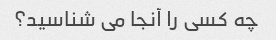
چه کسی را آنجا می شناسید؟